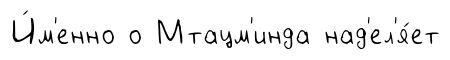
И́м'енно о Мтацм'инда над'ел'я́ет